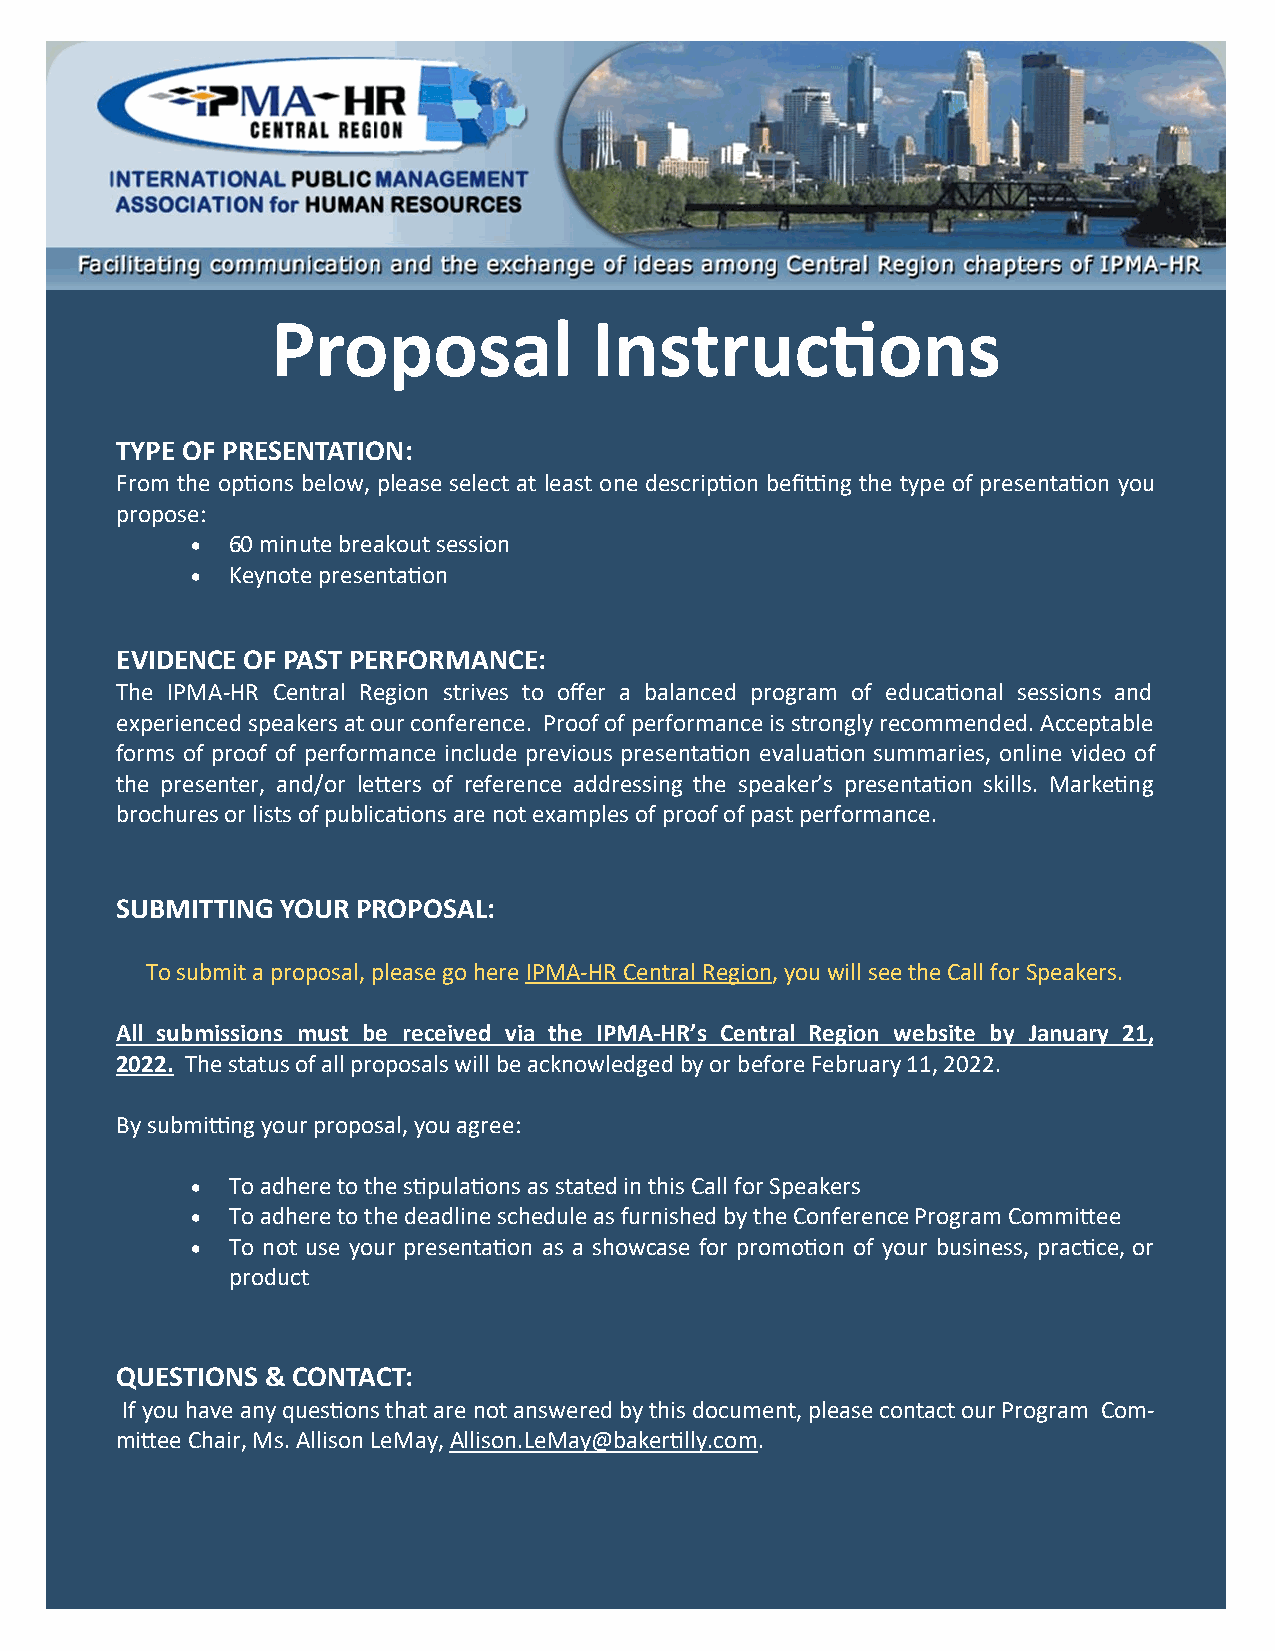
Proposal             Instructions
 TYPE OF PRESENTATION:
 From the options below, please select at least one description befitting the type of presentation you
 propose:
 • 60 minute breakout session
 • Keynote presentation
 EVIDENCE OF PAST PERFORMANCE:
 The IPMA-HR Central Region strives to offer a balanced program of educational sessions and
 experienced speakers at our conference. Proof of performance is strongly recommended. Acceptable
 forms of proof of performance include previous presentation evaluation summaries, online video of
 the presenter, and/or letters of reference addressing the speaker’s presentation skills. Marketing
 brochures or lists of publications are not examples of proof of past performance.
 SUBMITTING YOUR PROPOSAL:
 To submit a proposal, please go here IPMA-HR Central Region, you will see the Call for Speakers.
 All submissions must be received via the IPMA-HR’s Central Region website by January 21,
 2022. The status of all proposals will be acknowledged by or before February 11, 2022.
 By submitting your proposal, you agree:
 • To adhere to the stipulations as stated in this Call for Speakers
 • To adhere to the deadline schedule as furnished by the Conference Program Committee
 • To not use your presentation as a showcase for promotion of your business, practice, or
 product
 QUESTIONS & CONTACT:
 If you have any questions that are not answered by this document, please contact our Program Com-
 mittee Chair, Ms. Allison LeMay, Allison.LeMay@bakertilly.com.